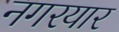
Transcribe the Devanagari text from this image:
नगरयार